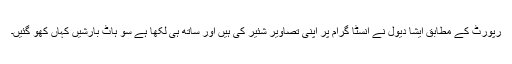
رپورٹ کے مطابق ایشا دیول نے انسٹا گرام پر اپنی تصاویر شئیر کی ہیں اور ساتھ ہی لکھا ہے سو ہاٹ بارشیں کہاں کھو گئیں۔